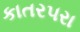
કાતર૫રા